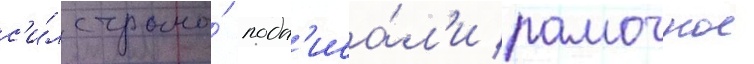
с'и́л страны́ подп'иса́л'и рамочное